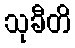
သုခီတိ